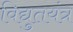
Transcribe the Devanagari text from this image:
विद्युतयंत्र